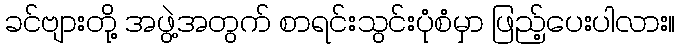
ခင်ဗျားတို့ အဖွဲ့အတွက် စာရင်းသွင်းပုံစံမှာ ဖြည့်ပေးပါလား။